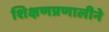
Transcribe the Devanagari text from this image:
शिक्षणप्रणालीने